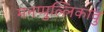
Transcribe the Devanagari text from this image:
मनप्पुल्लिकावु